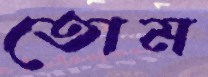
তোম